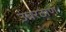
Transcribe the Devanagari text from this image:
उंबरठाण